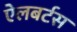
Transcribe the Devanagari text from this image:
ऐलबर्टस